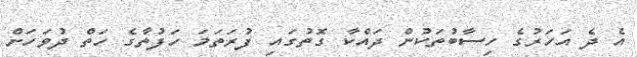
އެ ދެ އަހަރުގެ ހިސާބުތަކުން ދައްކާ ގޮތުގައި ފުރަތަމަ ހަފުތާގެ ހަތް ދުވަހަށް